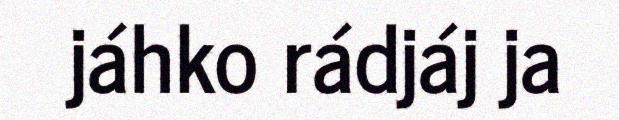
jáhko rádjáj ja